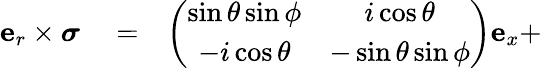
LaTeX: \begin{array}{rlr}{\mathbf{e}_{r}\times\boldsymbol\sigma}&{{}=}&{\left(\begin{array}{cc}{\sin\theta\sin\phi}&{i\cos\theta}\\ {-i\cos\theta}&{-\sin\theta\sin\phi}\end{array}\right)\mathbf{e}_{x}+}\end{array}